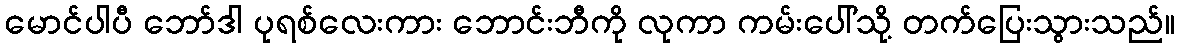
မောင်ပါပီ ဘော်ဒါ ပုရစ်လေးကား ဘောင်းဘီကို လုကာ ကမ်းပေါ်သို့ တက်ပြေးသွားသည်။